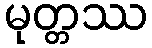
မုတ္တဿ